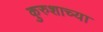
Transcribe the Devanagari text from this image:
कुरुशाच्या